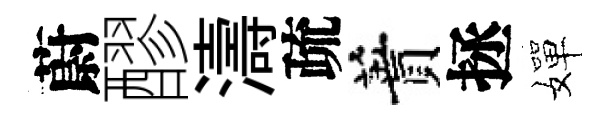
蔚醪濤疏蕡拯嬋